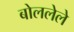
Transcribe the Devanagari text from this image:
बोललेले